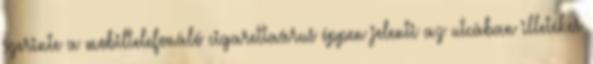
szerinte a mobiltelefonáló cigarettaárus éppen jelenti az utcában illetékes